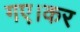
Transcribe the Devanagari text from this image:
गए।कर